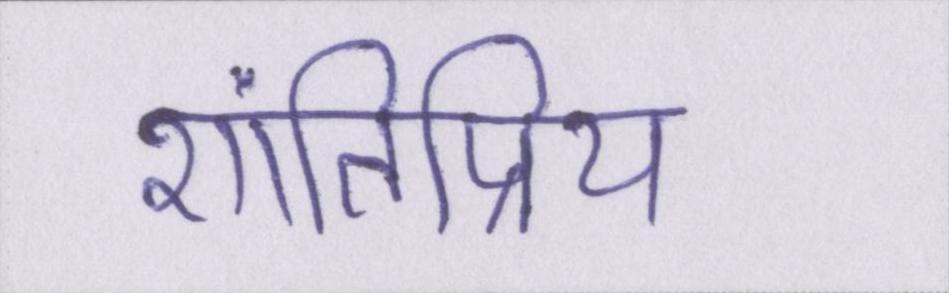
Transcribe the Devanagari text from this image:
शांतिप्रिय